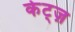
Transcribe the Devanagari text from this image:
केट्ज़